system: You are a helpful assistant.
user:
Analyze the provided spectrum to determine if it is a **White Dwarf (WD)**.

A White Dwarf spectrum is defined by its **extreme purity** (due to gravitational settling) and/or **extreme pressure broadening** (due to high surface gravity). You must check for one of the following mutually exclusive signatures:

- **Key Visual Indicators (Check for ONE of these types):**

    - **1. DA-Type Signature (Most Common):**
        - **(Primary Feature):** Extreme pressure broadening (Stark broadening) of the **Hydrogen (H) Balmer lines**.
        - **(Key Lines):** $H\beta$ (approx. $4861$ Å) and $H\gamma$ (approx. $4340$ Å). $H\alpha$ (approx. $6563$ Å) will also be present if the wavelength range covers it.
        - **(Line Profile):** This is the **defining feature**. The lines are **NOT** sharp. They appear as massive, **extremely broad and deep "troughs" or "dips"** in the spectrum, often hundreds of Ångströms wide. The continuum will appear to "scoop" down at these wavelengths.
        - **(Distinction):** Normal A-type or B-type stars have *narrow* and *sharp* Hydrogen lines. A DA White Dwarf's lines are unmistakably "smeared" or "blurry" from pressure.

    - **2. DB-Type Signature:**
        - **(Primary Feature):** Broad absorption lines from **Neutral Helium (He I)**. The spectrum must lack any visible Hydrogen lines.
        - **(Key Lines):** Look for broad absorption near $4471$ Å, $4921$ Å, and $5876$ Å.
        - **(Line Profile):** These lines are also significantly pressure-broadened, appearing much wider than they would in a normal B-type main-sequence star.

    - **3. DC-Type Signature:**
        - **(Primary Feature):** A **featureless continuous spectrum**.
        - **(Line Profile):** The spectrum is a smooth curve with **no significant absorption or emission lines**.
        - **(Key Confirmation):** The continuum is almost always **blue or white**, indicating a hot object. This signature implies the atmosphere is so pure (or so cool) that no spectral lines are visible in the optical range. Its WD identity is confirmed by its extremely low intrinsic brightness (high absolute magnitude).

    - **4. DZ-Type Signature (Metal-Polluted):**
        - **(Primary Feature):** **Isolated, narrow metal absorption lines** on an otherwise featureless (DC-like) continuum.
        - **(Key Lines):** The **Calcium (Ca II) H & K doublet** (approx. **$3934$ Å** and **$3968$ Å**) is the most common and defining feature.
        - **(Line Profile):** These lines are "out of place." They are *not* part of a "forest" of thousands of lines. This signature is evidence of recent *accretion* (pollution) from rocky debris.
        - **(Distinction):** Normal G/K/M stars have a *dense forest* of thousands of metal lines. A DZ has a *clean* continuum with *only a few* strong metal lines.

    - **5. DQ-Type Signature (Carbon-Polluted):**
        - **(Primary Feature):** Absorption bands from **Carbon (C₂ "Swan Bands" or atomic C I)**.
        - **(Key Lines - C₂):** Look for bandheads with a "saw-tooth" shape near $5635$ Å, **$5165$ Å** (strongest), and $4737$ Å.
        - **(Key Confirmation):** The underlying **continuum must be blue or white** (hot).
        - **(Distinction):** This is the critical difference from a **Carbon Star**, which has the *exact same* C₂ bands but on an extremely **red, cool** continuum.

- **(Overall Spectrum):**
    - The continuum (overall shape) is typically **blue-sloping** (brighter in the blue than the red), as most white dwarfs are very hot.
    - The spectrum will look "pure" or "simple," dominated by only *one* of the five signatures listed above.

Think first, call **spectral_visualization_tool** if needed to examine features in detail, then provide your final answer. Your response must adhere to the following strict rules:
1.  **Overall Structure:** Your response must follow the format `<think>...</think> <tool_call>...</tool_call> (if a tool is used) <answer>...</answer>`.
2.  **Tool Usage Constraint:** You may only make **one** tool call per turn.
3.  **Final Answer Format:** In the `<answer>` tag, your conclusion must be inside a `\boxed{}` command (e.g., `\boxed{YES}` or `\boxed{NO}`), followed by your justification.

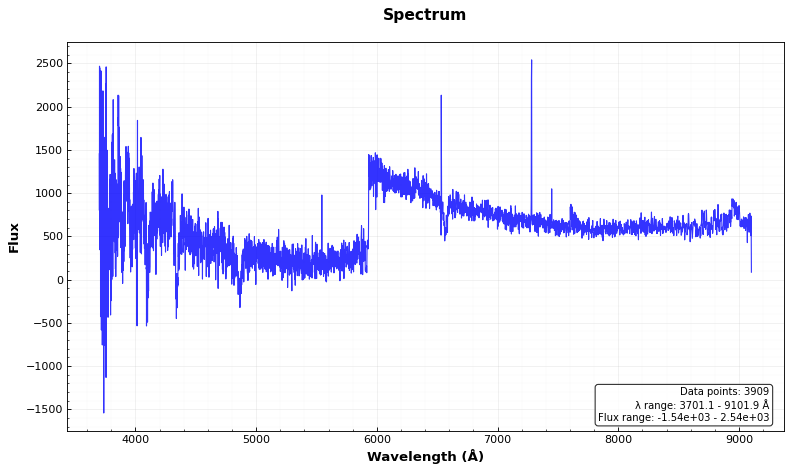
Answer: YES